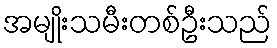
အမျိုးသမီးတစ်ဦးသည်